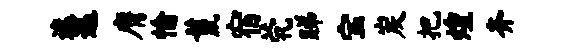
遮迤膺愉鬣宿茕睇宝炭把煌齐